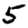
Digit: 5